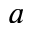
a